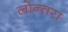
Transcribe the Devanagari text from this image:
लोन्तरा